Vaccine operations Central Provinces & Berar 1912-1920 - 1912-1920
Year: 1912
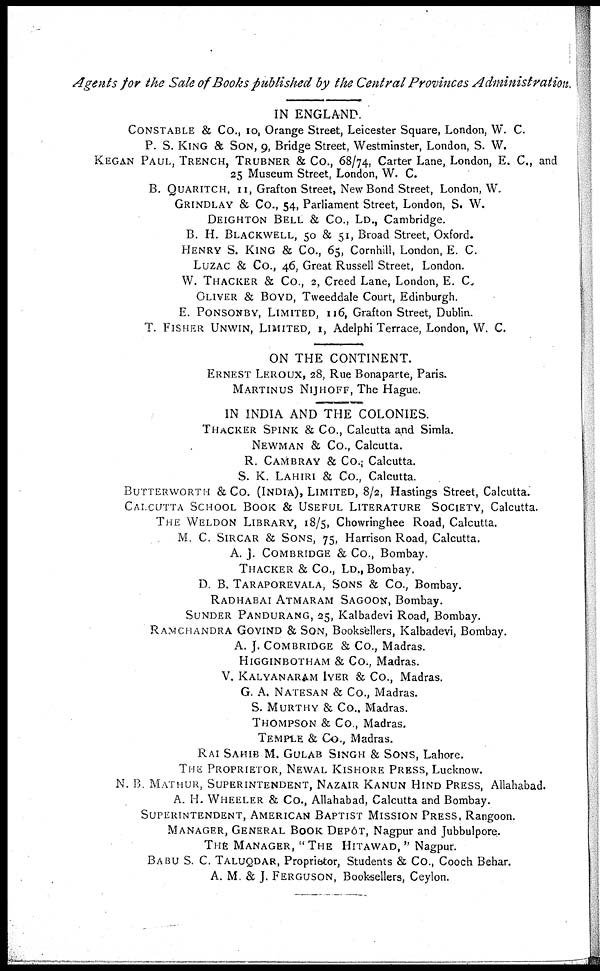
Agents for the Sale of Books published by the Central Provinces Administration.
IN ENGLAND.
CONSTABLE & Co., 10, Orange Street, Leicester Square, London, W. C.
P. S. KING & SON, 9, Bridge Street, Westminster, London, S. W.
KEGAN PAUL, TRENCH, TRUBNER & Co., 68/74, Carter Lane, London, E. C., and
25 Museum Street, London, W. C.
B. QUARITCH, 11, Grafton Street, New Bond Street, London, W.
GRINDLAY & Co., 54, Parliament Street, London, S. W.
DEIGHTON BELL & Co., LD., Cambridge.
B. H. BLACKWELL, 50 & 51, Broad Street, Oxford.
HENRY S. KING & Co., 65, Cornhill, London, E. C.
LUZAC & Co., 46, Great Russell Street, London.
W. THACKER & Co., 2, Creed Lane, London, E. C.
OLIVER & BOYD, Tweeddale Court, Edinburgh.
E. PONSONBY, LIMITED, 116, Grafton Street, Dublin.
T. FISHER UNWIN, LIMITED, 1, Adelphi Terrace, London, W. C.
ON THE CONTINENT.
ERNEST LEROUX, 28, Rue Bonaparte, Paris.
MARTINUS NIJHOFF, The Hague.
IN INDIA AND THE COLONIES.
THACKER SPINK & Co., Calcutta and Simla.
NEWMAN & Co., Calcutta.
R. CAMBRAY & Co. Calcutta.
S. K. LAHIRI & Co., Calcutta.
BUTTERWORTH & CO. (INDIA), LIMITED, 8/2, Hastings Street, Calcutta.
CALCUTTA SCHOOL BOOK & USEFUL LITERATURE SOCIETY, Calcutta.
THE WELDON LIBRARY, 18/5, Chowringhee Road, Calcutta.
M. C. SIRCAR & SONS, 75, Harrison Road, Calcutta.
A. J. COMBRIDGE & Co., Bombay.
THACKER & Co., LD., Bombay.
D. B. TARAPOREVALA, SONS & Co., Bombay.
RADHABAI ATMARAM SAGOON, Bombay.
SUNDER PANDURANG, 25, Kalbadevi Road, Bombay.
RAMCHANDRA GOVIND & SON, Booksellers, Kalbadevi, Bombay.
A. J. COMBRIDGE & Co., Madras.
HIGGINBOTHAM & Co., Madras.
V. KALYANARAM IYER & Co., Madras.
G. A. NATESAN & Co., Madras.
S. MURTHY & Co., Madras.
THOMPSON & Co., Madras.
TEMPLE & Co., Madras.
RAI SAHIB M. GULAB SINGH & SONS, Lahore.
THE PROPRIETOR, NEWAL KISHORE PRESS, Lucknow.
N. B. MATHUR, SUPERINTENDENT, NAZAIR KANUN HIND PRESS, Allahabad.
A. H. WHEELER & Co., Allahabad, Calcutta and Bombay.
SUPERINTENDENT, AMERICAN BAPTIST MISSION PRESS, Rangoon.
MANAGER, GENERAL BOOK DEPÔT, Nagpur and Jubbulpore.
THE MANAGER, "THE HITAWAD, " Nagpur.
BABU S. C. TALUQDAR, Proprietor, Students & Co., Cooch Behar.
A. M. & J. FERGUSON, Booksellers, Ceylon.